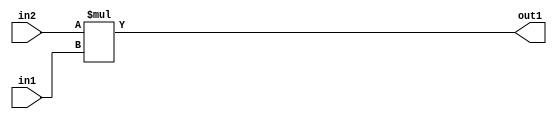
`timescale 1ps / 1ps
/*****************************************************************************
    Verilog RTL Description
    
    
    Created by: Stratus DpOpt 21.05.01 
*******************************************************************************/

module SobelFilter_Mul_32Sx7U_32S_1 (
	in2,
	in1,
	out1
	); /* architecture "behavioural" */ 
input [31:0] in2;
input [6:0] in1;
output [31:0] out1;
wire [31:0] asc001;

assign asc001 = 
	+(in2 * in1);

assign out1 = asc001;
endmodule

/* CADENCE  ubD4TQk= : u9/ySxbfrwZIxEzHVQQV8Q== ** DO NOT EDIT THIS LINE ******/